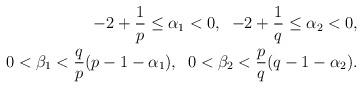
LaTeX: \begin{align*}-2+\frac{1}{p}\leq\alpha_1<0,\;\;-2+\frac{1}{q}\leq\alpha_2<0,\\0<\beta_1<\frac{q}{p}(p-1-\alpha_1),\;\;0<\beta_2<\frac{p}{q}(q-1-\alpha_2).\end{align*}